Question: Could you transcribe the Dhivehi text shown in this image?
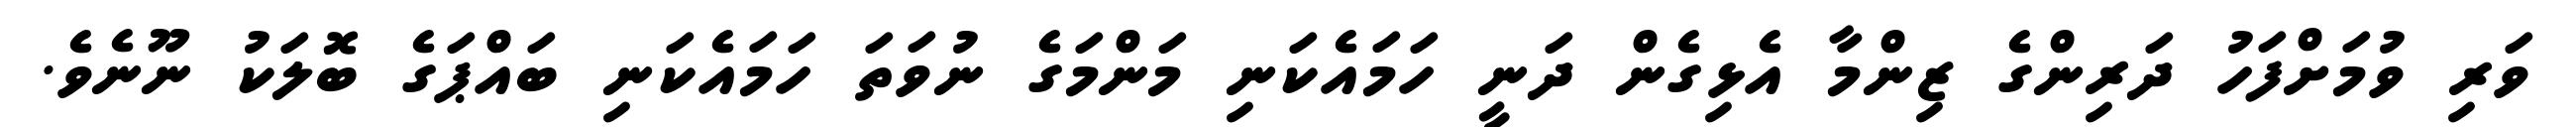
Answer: ވަރި ވުމަށްފަހު ދަރިންގެ ޒިންމާ އެޅިގެން ދަނީ ހަމައެކަނި މަންމަގެ ނުވަތަ ހަމައެކަނި ބައްޕަގެ ބޮލަކު ނޫނެވެ.